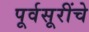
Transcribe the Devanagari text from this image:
पूर्वसूरींचे